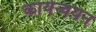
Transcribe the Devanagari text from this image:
कार्यन्वयन